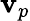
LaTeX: \mathbf{v}_{p}